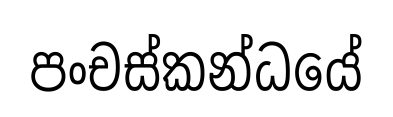
පංචස්කන්ධයේ